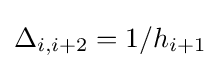
\Delta _{i,i+2}=1/h_{i+1}